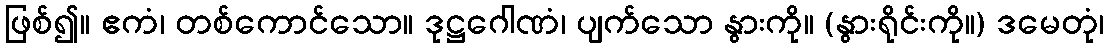
ဖြစ်၍။ ဧကံ၊ တစ်ကောင်သော။ ဒုဋ္ဌဂေါဏံ၊ ပျက်သော နွားကို။ (နွားရိုင်းကို။) ဒမေတုံ၊